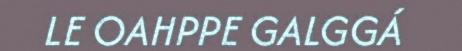
LE OAHPPE GALGGÁ